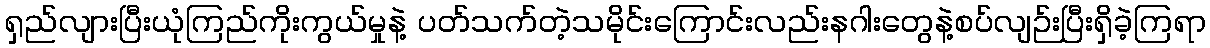
ရှည်လျားပြီးယုံကြည်ကိုးကွယ်မှုနဲ့ ပတ်သက်တဲ့သမိုင်းကြောင်းလည်းနဂါးတွေနဲ့စပ်လျဉ်းပြီးရှိခဲ့ကြရာ